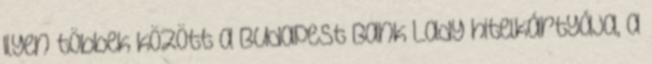
Ilyen többek között a Budapest Bank Lady hitelkártyája, a